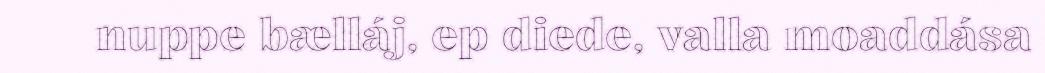
nuppe bælláj, ep diede, valla moaddása